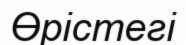
Өрістегі